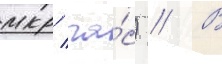
мкр/ ча́с) // В